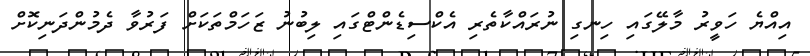
އިއްޔެ ހަވީރު މާލޭގައި ހިނގި ނުރައްކާތެރި އެކްސިޑެންޓްގައި ލިބުނު ޒަހަމްތަކަށް ފަރުވާ ދެމުންދަނިކޮށް